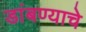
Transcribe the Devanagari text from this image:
डांबण्याचे